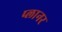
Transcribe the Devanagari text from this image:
प्‍लानर